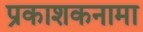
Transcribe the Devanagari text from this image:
प्रकाशकनामा